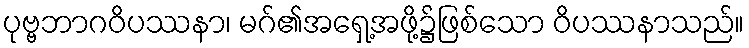
ပုဗ္ဗဘာဂဝိပဿနာ၊ မဂ်၏အရှေ့အဖို့၌ဖြစ်သော ဝိပဿနာသည်။